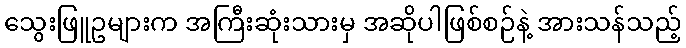
သွေးဖြူဥများက အကြီးဆုံးသားမှ အဆိုပါဖြစ်စဉ်နဲ့ အားသန်သည့်